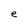
Character: e